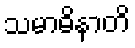
သမာဓိနာတိ